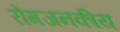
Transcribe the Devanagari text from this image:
रोगजनकीय